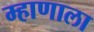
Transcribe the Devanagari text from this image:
म्हाणाला